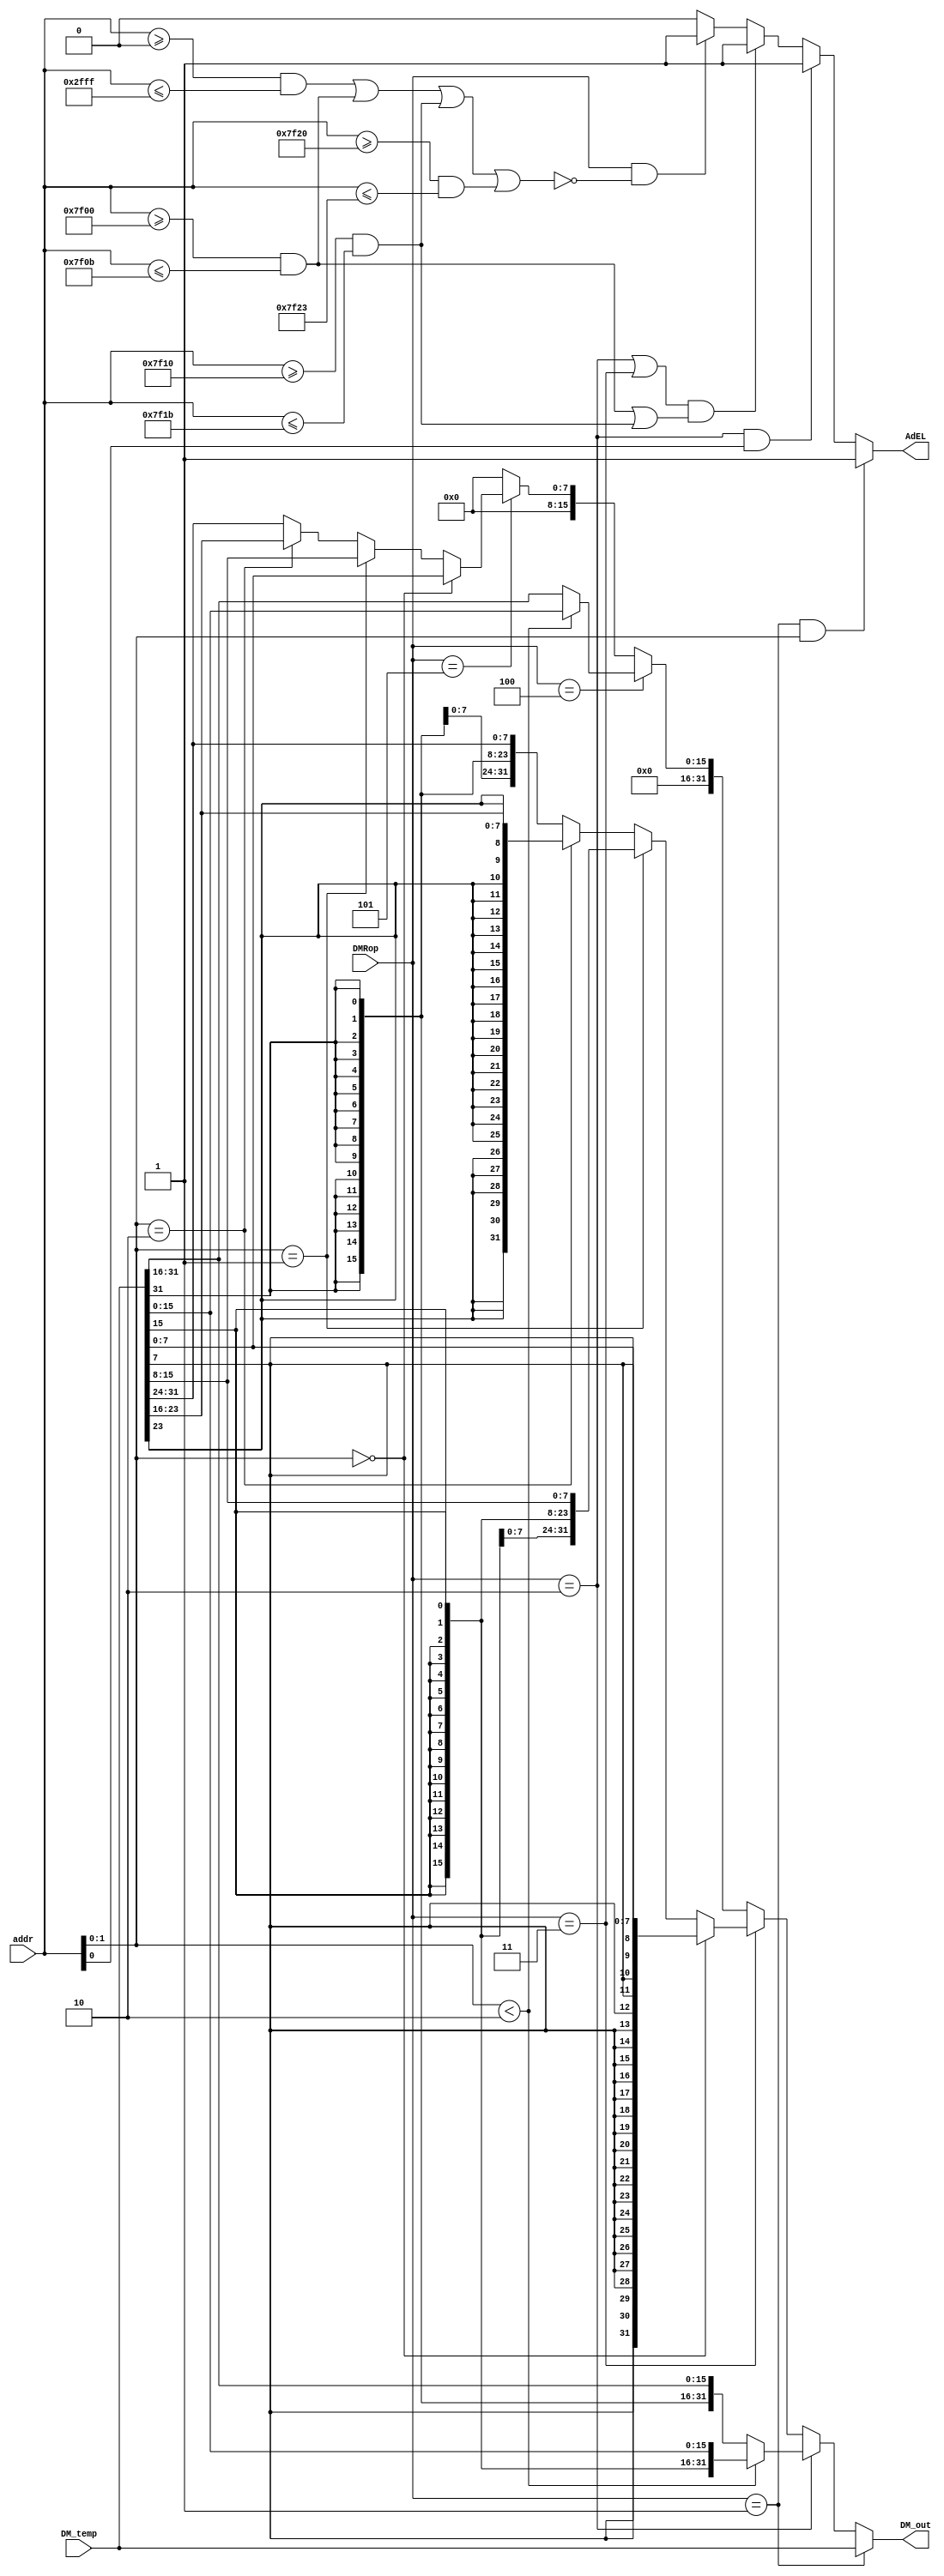
module M_DMR (
    input [31:0] DM_temp,     // 
    input [31:0] addr,        // 
    input [2:0] DMRop,        // 
    output [31:0] DM_out,     // 

    output AdEL               // MAdEL
);
    wire dm_addr = (addr>=32'h0000_0000 && addr<=32'h0000_2fff);
    wire t0_addr = (addr>=32'h0000_7f00 && addr<=32'h0000_7f0b);
    wire t1_addr = (addr>=32'h0000_7f10 && addr<=32'h0000_7f1b);
    wire int_addr = (addr>=32'h0000_7f20 && addr<=32'h0000_7f23);

    assign AdEL = (DMRop == 1 && addr[1:0]) ? 1 :  //lw
                  (DMRop == 2 && addr[0]) ? 1 :    //lh
                  ((DMRop == 2 || DMRop == 3) && (t0_addr || t1_addr)) ? 1 :  //lh,lbtimer 
                  (DMRop && !(dm_addr || t0_addr || t1_addr || int_addr)) ? 1 : 0;  //


    wire [31:0] lh, lb, lhu, lbu;    

    assign lh = (addr[1:0] < 2) ? {{16{DM_temp[15]}}, DM_temp[15:0]}
                                : {{16{DM_temp[31]}}, DM_temp[31:16]};

    assign lhu = (addr[1:0] < 2) ? {16'h0000, DM_temp[15:0]}
                                 : {16'h0000, DM_temp[31:16]};
    
    assign lb = (addr[1:0] == 0) ? {{24{DM_temp[7]}}, DM_temp[7:0]} :
                (addr[1:0] == 1) ? {{24{DM_temp[15]}}, DM_temp[15:8]} :
                (addr[1:0] == 2) ? {{24{DM_temp[23]}}, DM_temp[23:16]}
                                 : {{24{DM_temp[31]}}, DM_temp[31:24]} ;
    
    assign lbu = (addr[1:0] == 0) ? {24'h0000_00, DM_temp[7:0]} :
                 (addr[1:0] == 1) ? {24'h0000_00, DM_temp[15:8]} :
                 (addr[1:0] == 2) ? {24'h0000_00, DM_temp[23:16]}
                                  : {24'h0000_00, DM_temp[31:24]} ;

    assign DM_out = (DMRop == 1) ? DM_temp :
                    (DMRop == 2) ? lh : 
                    (DMRop == 3) ? lb : 
                    (DMRop == 4) ? lhu : 
                    (DMRop == 5) ? lbu : 0;
    
endmodule